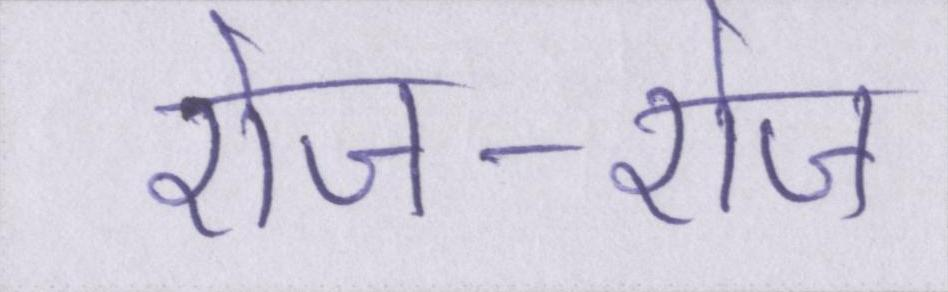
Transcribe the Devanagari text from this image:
रोज-रोज